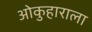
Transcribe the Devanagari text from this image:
ओकुहाराला